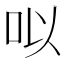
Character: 㕽